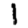
Digit: 1